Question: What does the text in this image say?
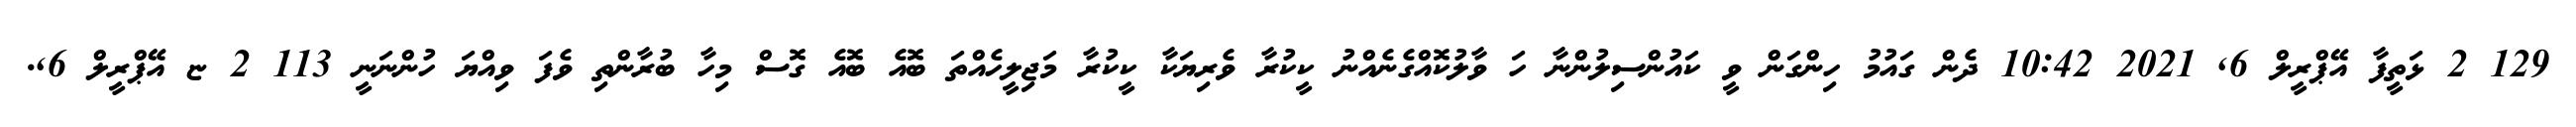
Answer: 129 2 ޅަތީފާ އޭޕްރީލް 6, 2021 10:42 ދެން ގައުމު ހިންގަން ވީ ކައުންސިލުންނާ ހަ ވާލުކޮއްގެނެއްނު ކީކުރާ ވެރިޔަކާ ކީކުރާ މަޖިލީހެއްތަ ބޮއެ ބޮއެ ގޮސް މިހާ ބުރާންތި ވެފަ ވިއްޔަ ހުންނަނީ 113 2 ޏ އޭޕްރީލް 6,.